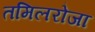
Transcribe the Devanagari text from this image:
तमिलरोजा